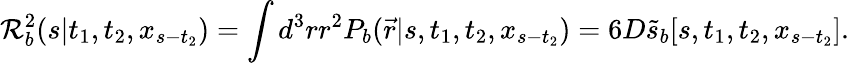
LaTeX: {\cal R}_{b}^{2}(s|t_{1},t_{2},x_{s-t_{2}})=\int d^{3}rr^{2}P_{b}(\vec{r}|s,t_{1},t_{2},x_{s-t_{2}})=6D\tilde{s}_{b}[s,t_{1},t_{2},x_{s-t_{2}}].